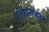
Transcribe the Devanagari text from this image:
प्रतिष्ठानाकडून